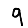
Digit: 9